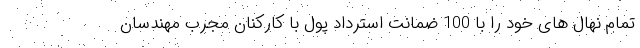
تمام نهال های خود را با 100 ضمانت استرداد پول با کارکنان مجرب مهندسان